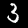
Digit: 3